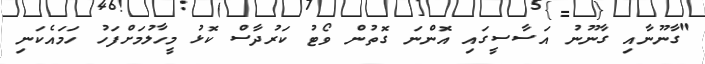
"ގާނޫނާއި ގާނޫނު އަސާސީގައި އޮންނަ ގޮތުން ވޯޓު ކަރުދާސް ކޮޅު މީހާލުމަށްފަހު ހަމައެކަނި